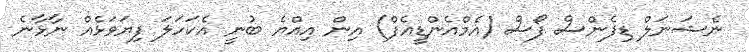
ނެޝަނަލް ޑިފެންސް ފޯސް (އެމްއެންޑީއެފް) އިން އިއްޔެ ބުނީ އެކަހަލަ ފިޔަވަޅެއް ނާޅާނެ